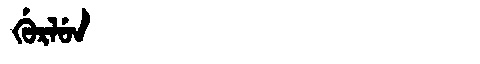
Manchu: ᡤᡠᡵᠯᡠᠨ
Romanization: GURLUN